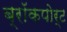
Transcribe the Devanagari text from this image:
ब्रॉकपोर्ट